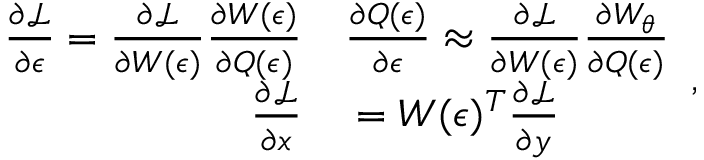
\begin{array} { r l } { \frac { \partial \mathcal { L } } { \partial \epsilon } = \frac { \partial \mathcal { L } } { \partial W ( \epsilon ) } \frac { \partial W ( \epsilon ) } { \partial Q ( \epsilon ) } } & { { } \frac { \partial Q ( \epsilon ) } { \partial \epsilon } \approx \frac { \partial \mathcal { L } } { \partial W ( \epsilon ) } \frac { \partial W _ { \theta } } { \partial Q ( \epsilon ) } } \\ { \frac { \partial \mathcal { L } } { \partial x } } & { { } = W ( \epsilon ) ^ { T } \frac { \partial \mathcal { L } } { \partial y } } \end{array} ,